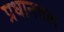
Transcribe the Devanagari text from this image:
प्रधानवाद